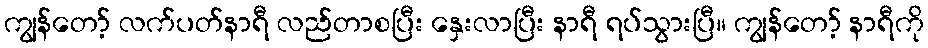
ကျွန်တော့် လက်ပတ်နာရီ လည်တာစပြီး နှေးလာပြီး နာရီ ရပ်သွားပြီ။ ကျွန်တော့် နာရီကို